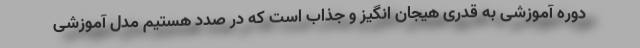
دوره آموزشی به قدری هیجان انگیز و جذاب است که در صدد هستیم مدل آموزشی